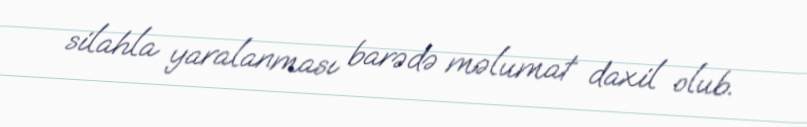
silahla yaralanması barədə məlumat daxil olub.